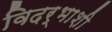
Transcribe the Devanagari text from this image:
विदर्भाशी